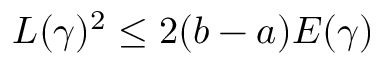
L ( \gamma ) ^ { 2 } \leq 2 ( b - a ) E ( \gamma )